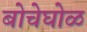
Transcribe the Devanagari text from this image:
बोचेघोळ